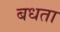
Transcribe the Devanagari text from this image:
बधता